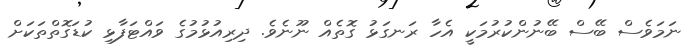
ނަމަވެސް ބޭސް ބޭނުންކުރުމަކީ އެހާ ރަނގަޅު ގޮތެއް ނޫނެވެ. ދިރިއުޅުމުގެ ވައްޓަފާޅި ކުޑަގޮތްތަކަށް